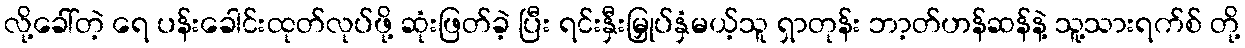
လို့ခေါ်တဲ့ ရေ ပန်းခေါင်းထုတ်လုပ်ဖို့ ဆုံးဖြတ်ခဲ့ ပြီး ရင်းနှီးမြှုပ်နှံမယ့်သူ ရှာတုန်း ဘာ့တ်ဟန်ဆန်နဲ့ သူ့သားရက်စ် တို့